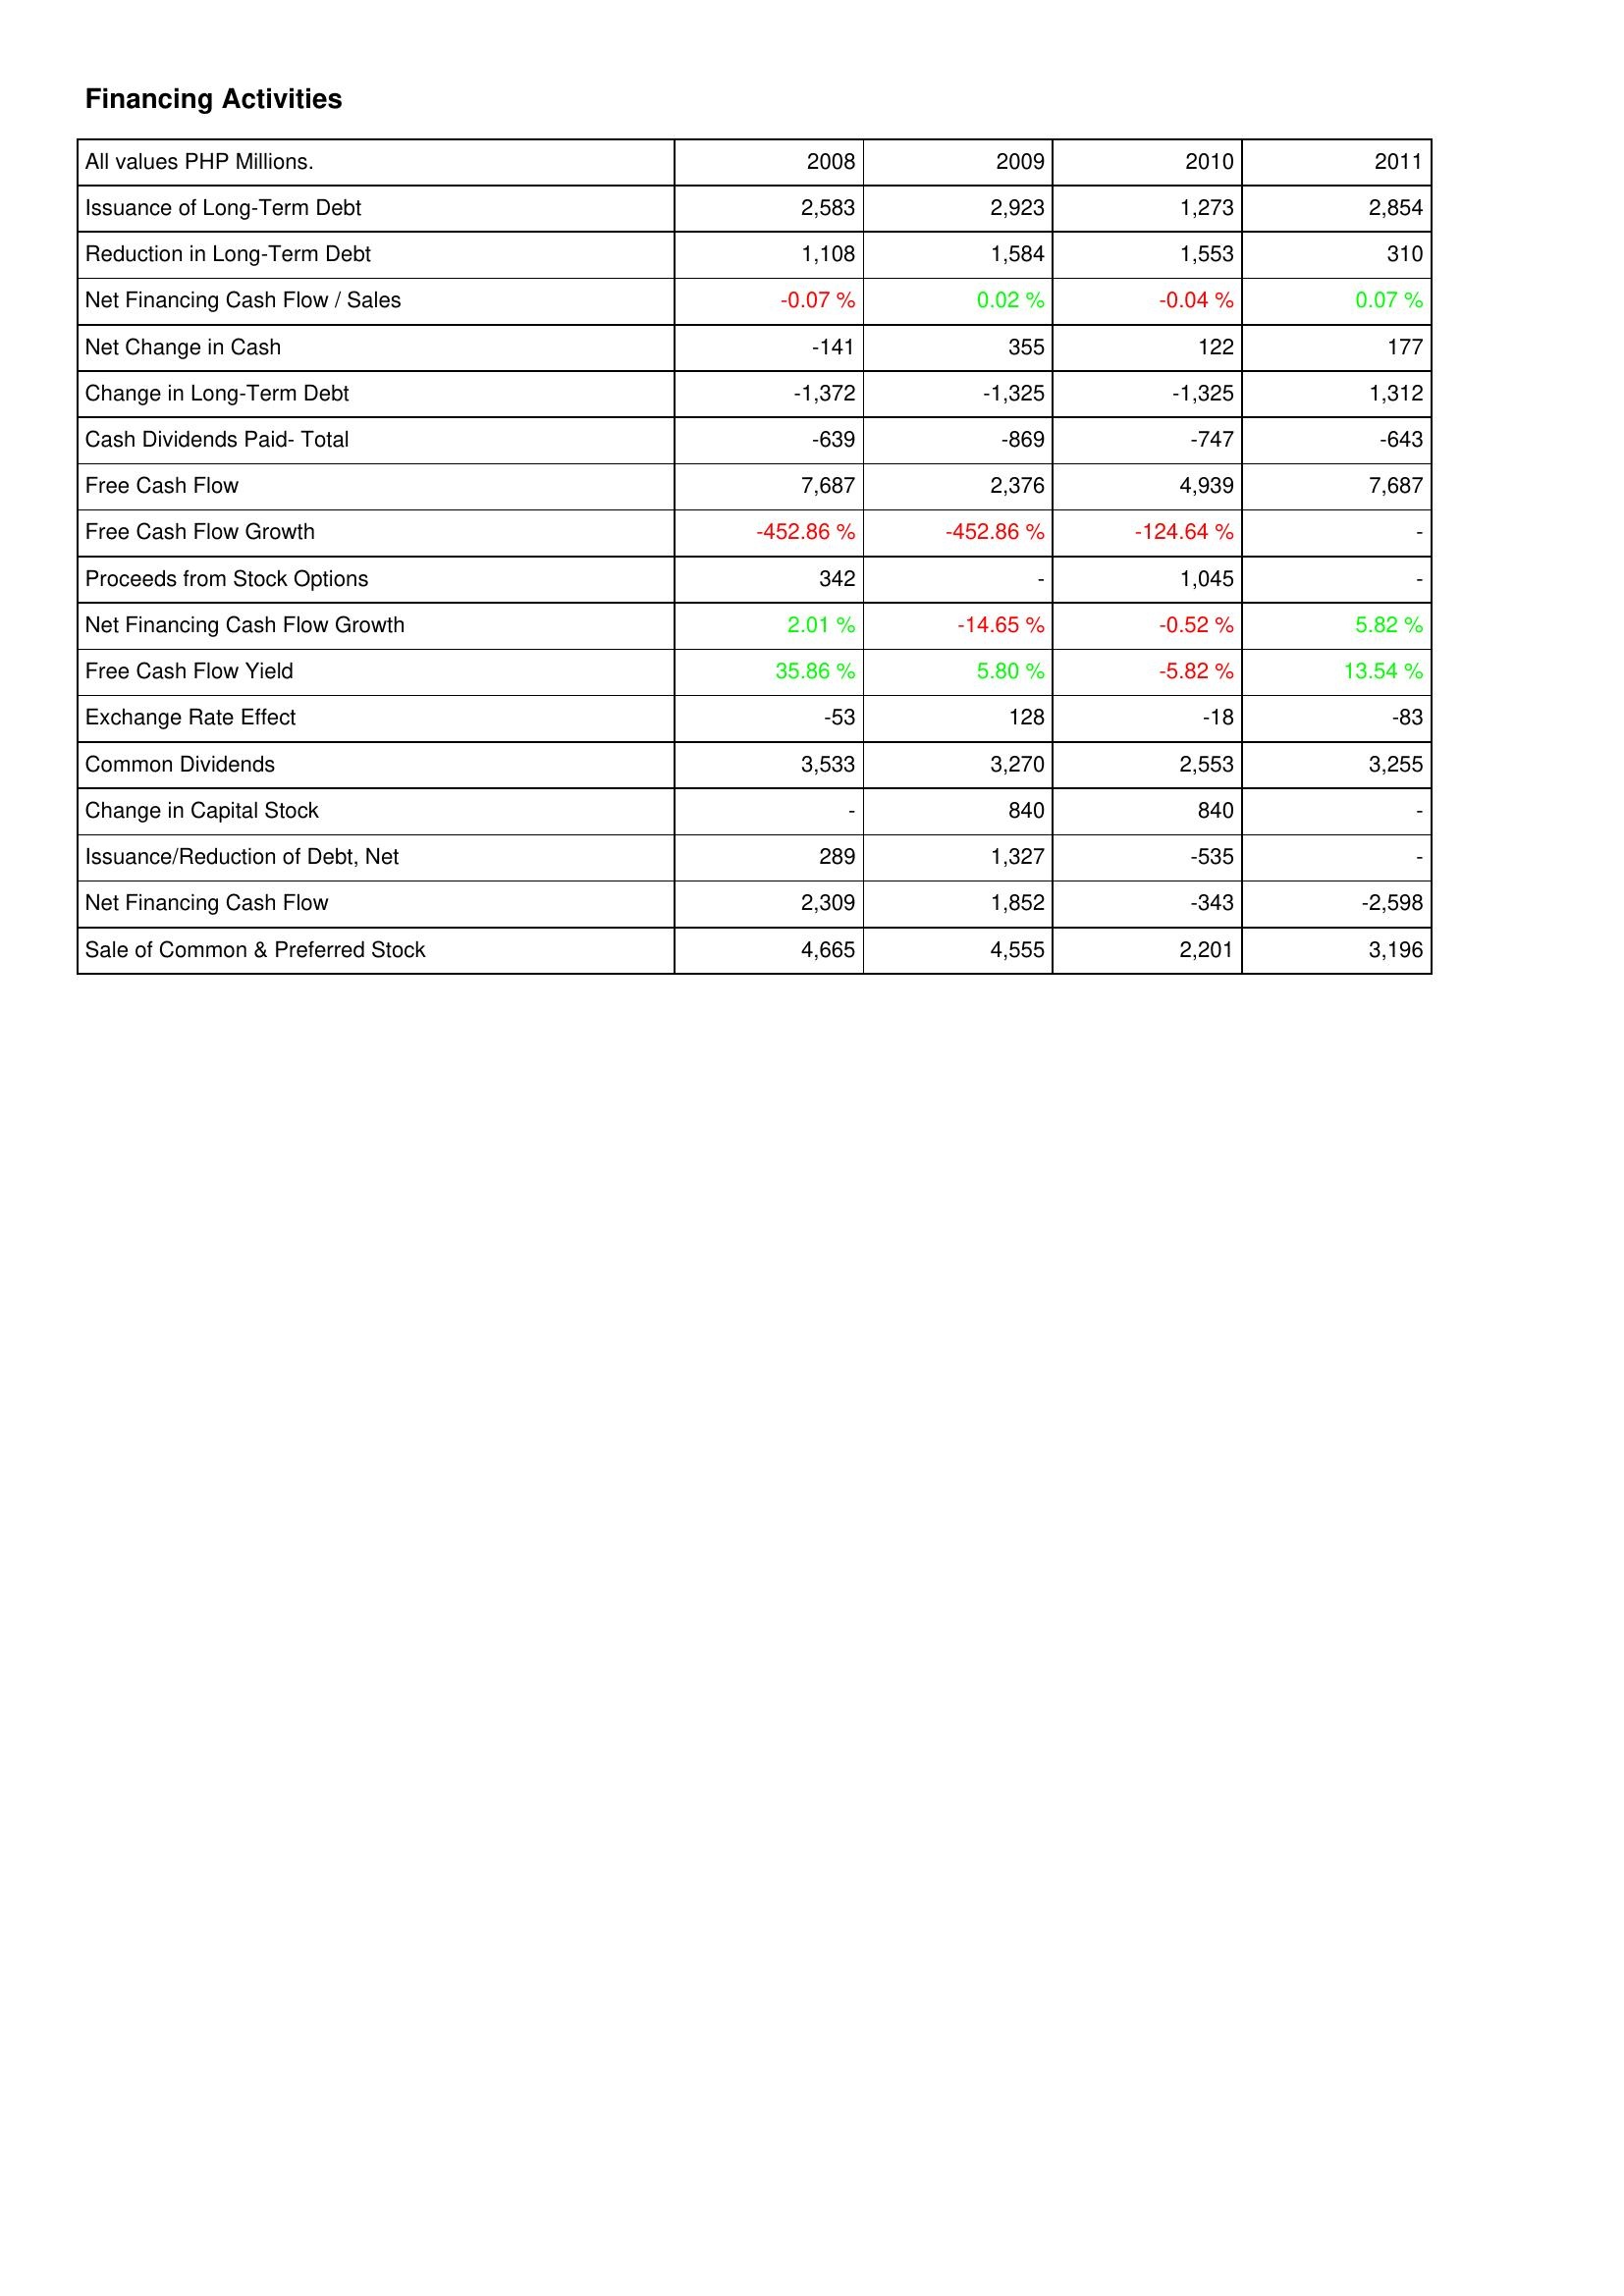
2008: Financing Activities: Issuance of Long-Term Debt: 2,583
Reduction in Long-Term Debt: 1,108
Net Financing Cash Flow / Sales: -0.07 %
Net Change in Cash: -141
Change in Long-Term Debt: -1,372
Cash Dividends Paid- Total: -639
Free Cash Flow: 7,687
Free Cash Flow Growth: -452.86 %
Proceeds from Stock Options: 342
Net Financing Cash Flow Growth: 2.01 %
Free Cash Flow Yield: 35.86 %
Exchange Rate Effect: -53
Common Dividends: 3,533
Change in Capital Stock: -
Issuance/Reduction of Debt, Net: 289
Net Financing Cash Flow: 2,309
Sale of Common & Preferred Stock: 4,665
2009: Financing Activities: Issuance of Long-Term Debt: 2,923
Reduction in Long-Term Debt: 1,584
Net Financing Cash Flow / Sales: 0.02 %
Net Change in Cash: 355
Change in Long-Term Debt: -1,325
Cash Dividends Paid- Total: -869
Free Cash Flow: 2,376
Free Cash Flow Growth: -452.86 %
Proceeds from Stock Options: -
Net Financing Cash Flow Growth: -14.65 %
Free Cash Flow Yield: 5.80 %
Exchange Rate Effect: 128
Common Dividends: 3,270
Change in Capital Stock: 840
Issuance/Reduction of Debt, Net: 1,327
Net Financing Cash Flow: 1,852
Sale of Common & Preferred Stock: 4,555
2010: Financing Activities: Issuance of Long-Term Debt: 1,273
Reduction in Long-Term Debt: 1,553
Net Financing Cash Flow / Sales: -0.04 %
Net Change in Cash: 122
Change in Long-Term Debt: -1,325
Cash Dividends Paid- Total: -747
Free Cash Flow: 4,939
Free Cash Flow Growth: -124.64 %
Proceeds from Stock Options: 1,045
Net Financing Cash Flow Growth: -0.52 %
Free Cash Flow Yield: -5.82 %
Exchange Rate Effect: -18
Common Dividends: 2,553
Change in Capital Stock: 840
Issuance/Reduction of Debt, Net: -535
Net Financing Cash Flow: -343
Sale of Common & Preferred Stock: 2,201
2011: Financing Activities: Issuance of Long-Term Debt: 2,854
Reduction in Long-Term Debt: 310
Net Financing Cash Flow / Sales: 0.07 %
Net Change in Cash: 177
Change in Long-Term Debt: 1,312
Cash Dividends Paid- Total: -643
Free Cash Flow: 7,687
Free Cash Flow Growth: -
Proceeds from Stock Options: -
Net Financing Cash Flow Growth: 5.82 %
Free Cash Flow Yield: 13.54 %
Exchange Rate Effect: -83
Common Dividends: 3,255
Change in Capital Stock: -
Issuance/Reduction of Debt, Net: -
Net Financing Cash Flow: -2,598
Sale of Common & Preferred Stock: 3,196